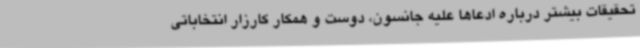
تحقیقات بیشتر درباره ادعاها علیه جانسون، دوست و همکار کارزار انتخاباتی